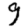
Digit: 9